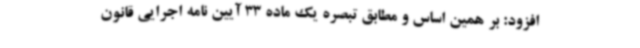
افزود: بر همین اساس و مطابق تبصره یک ماده 33 آیین نامه اجرایی قانون